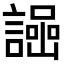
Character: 𧬌